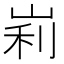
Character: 峲